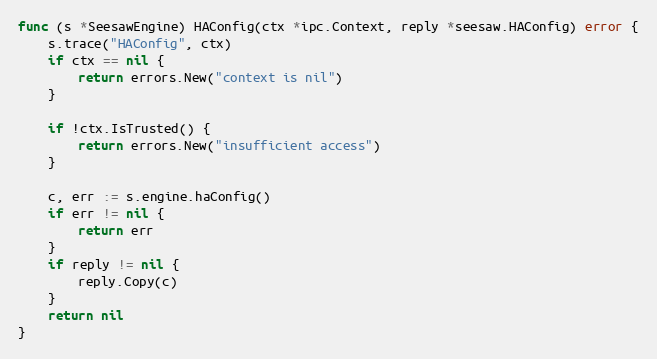
Language: Go
func (s *SeesawEngine) HAConfig(ctx *ipc.Context, reply *seesaw.HAConfig) error {
	s.trace("HAConfig", ctx)
	if ctx == nil {
		return errors.New("context is nil")
	}

	if !ctx.IsTrusted() {
		return errors.New("insufficient access")
	}

	c, err := s.engine.haConfig()
	if err != nil {
		return err
	}
	if reply != nil {
		reply.Copy(c)
	}
	return nil
}